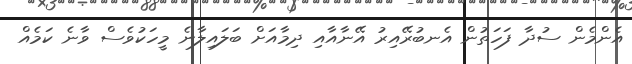
އެންމެން ސުދާ ފަހަތުން އެނބުރޭއިރު އޭނާއާއި ދިމާއަށް ބަަލައިލާނެ މީހަކުވެސް ވާނެ ކަމެއް